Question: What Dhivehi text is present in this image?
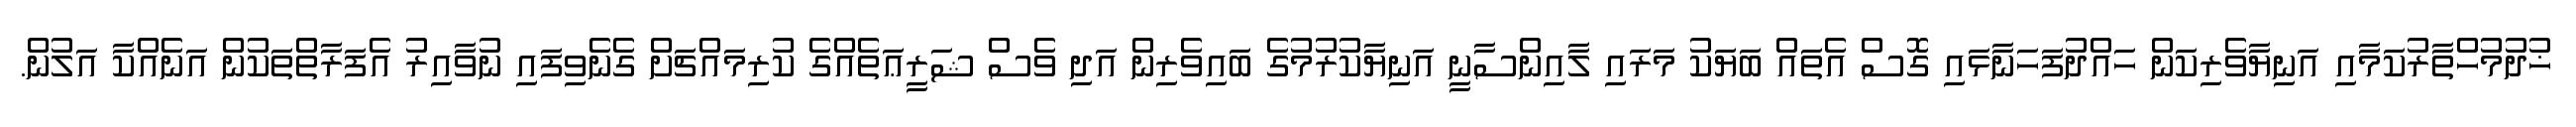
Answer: ޚުދުމުހްތާރުކަމާއި އަނިޔާވެރިކަން ހައްދުފަހަނާޅައި ގޮސް އެތައް ބަޔަކު މަރައި ލާއިންސާނީ އަނިޔާކުރުމުގެ ބައިވެރިން އަދި ވެސް ޝަރީޢަތެއްގެ ކުރިމައްޗަށް ގެނެވިފައި ނުވާއިރު އެފަރާތްތަކުން އަނެއްކާ އަލުން.